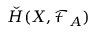
{ \check { H } } ( X , { \mathcal { F } } _ { A } )